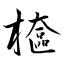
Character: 檶